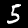
Label: 5